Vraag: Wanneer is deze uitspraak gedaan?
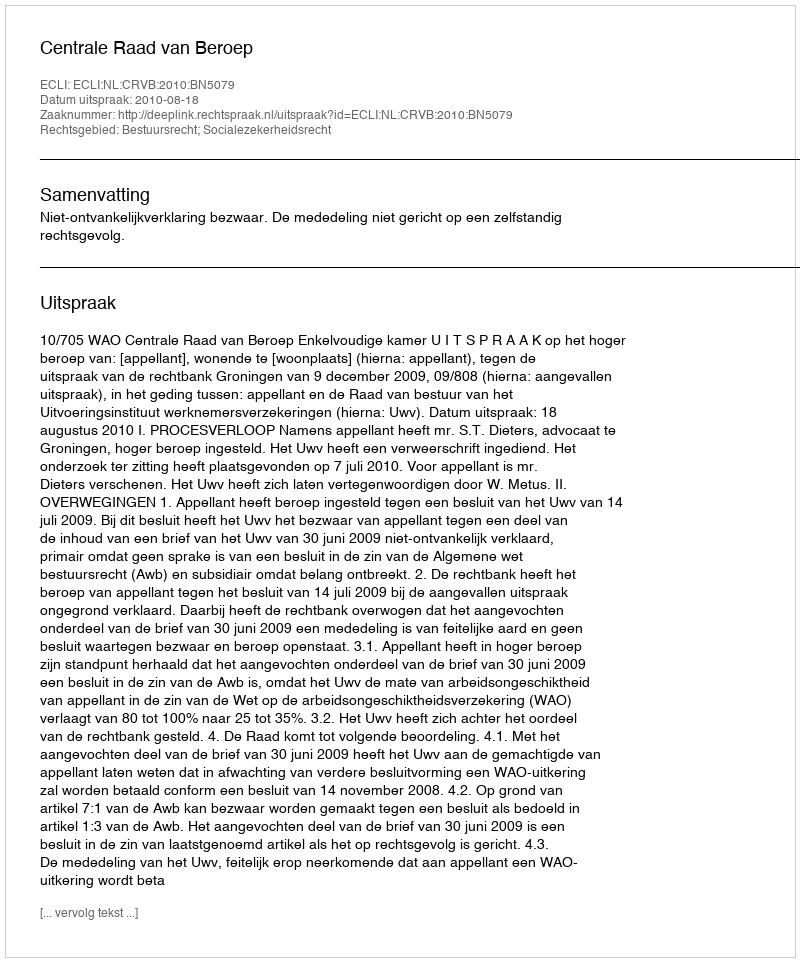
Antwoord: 2010-08-18